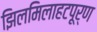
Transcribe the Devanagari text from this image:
झिलमिलाहटपूर्ण